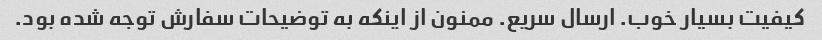
کیفیت بسیار خوب. ارسال سریع. ممنون از اینکه به توضیحات سفارش توجه شده بود.